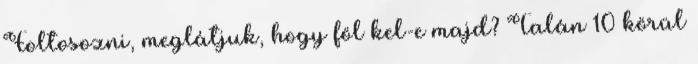
Foltosozni, meglátjuk, hogy föl kel-e majd? Talán 10 körül